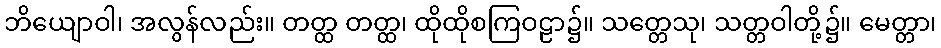
ဘိယျောဝါ၊ အလွန်လည်း။ တတ္ထ တတ္ထ၊ ထိုထိုစကြဝဠာ၌။ သတ္တေသု၊ သတ္တဝါတို့၌။ မေတ္တာ၊